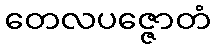
တေလပဇ္ဇောတံ